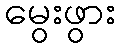
မွေးဖွား